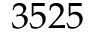
3 5 2 5